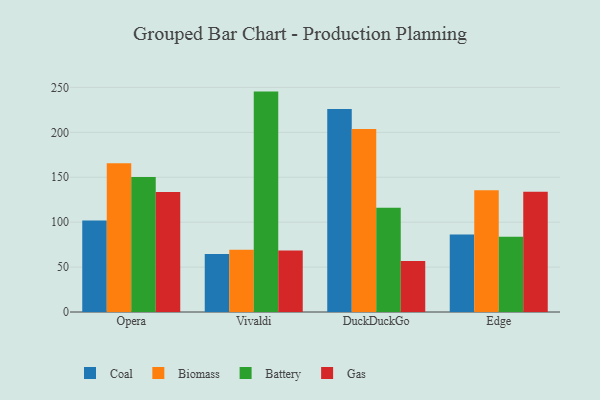
{"axis": {"x": "Browser", "y": "Gross Profit (USD K)"}, "legend": ["Battery", "Biomass", "Coal", "Gas"], "data": [{"x": "Opera", "y": 101.9, "type": "Coal"}, {"x": "Opera", "y": 165.5, "type": "Biomass"}, {"x": "Opera", "y": 150.2, "type": "Battery"}, {"x": "Opera", "y": 133.5, "type": "Gas"}, {"x": "Vivaldi", "y": 64.7, "type": "Coal"}, {"x": "Vivaldi", "y": 69.3, "type": "Biomass"}, {"x": "Vivaldi", "y": 245.4, "type": "Battery"}, {"x": "Vivaldi", "y": 68.4, "type": "Gas"}, {"x": "DuckDuckGo", "y": 226.1, "type": "Coal"}, {"x": "DuckDuckGo", "y": 203.7, "type": "Biomass"}, {"x": "DuckDuckGo", "y": 116.2, "type": "Battery"}, {"x": "DuckDuckGo", "y": 56.9, "type": "Gas"}, {"x": "Edge", "y": 86.3, "type": "Coal"}, {"x": "Edge", "y": 135.6, "type": "Biomass"}, {"x": "Edge", "y": 83.9, "type": "Battery"}, {"x": "Edge", "y": 133.9, "type": "Gas"}]}